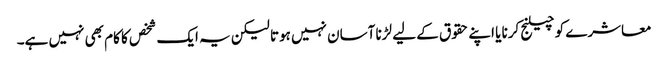
معاشرے کو چیلنج کرنا یا اپنے حقوق کے لیے لڑنا آسان نہیں ہوتا لیکن یہ ایک شخص کا کام بھی نہیں ہے۔